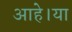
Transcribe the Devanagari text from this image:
आहे।या